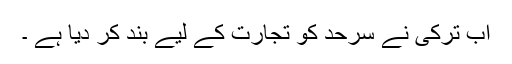
اب ترکی نے سرحد کو تجارت کے لیے بند کر دیا ہے ۔